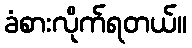
ခံစားလိုက်ရတယ်။